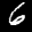
Label: 6